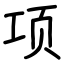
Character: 项